Report on plague and inoculation in the Punjab from October 1st ... to September 30th..., being the ... season of plague in the province
Disease focus: Plague
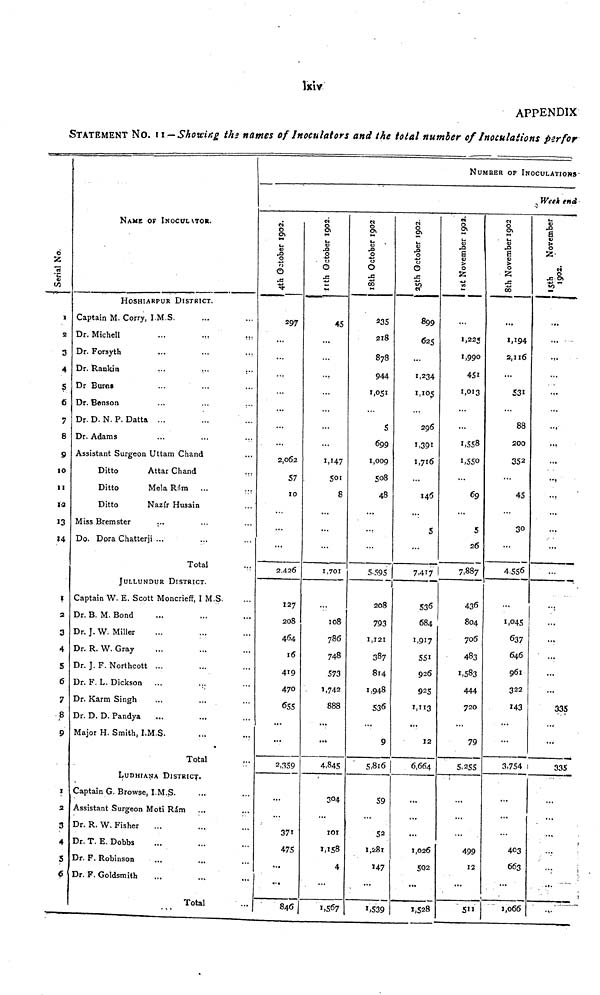
lxiv
APPENDIX
STATEMENT NO. I I — Showing the names of Inoculators and the total number of Inoculations per for
Serial No
X
2
3
4
S
6
7
8
9
10
II
12
13
14
1
2
3
4
5
6
7
8
9
z
2
3
4
5
NAME OF INOCULATOR.
HOSHIARPUR DISTRICT.
Captain M. Corry, I.M.S.
Dr. Michell
...
•••
.
Dr. Forsyth
Dr. Rankin
...
•.•
; ..
Dr Burn»
Dr. Benson
Dr. D. N. P. Datta ...
Dr. Adams
Assistant Surgeon Uttam Chand
Ditto
Attar Ghand
...
Ditto
Mela Rám
...
...
Ditto
Nazfr Husain
Miss Bremster
...
Do. Dora Chatterji ...
Total
...
JULLUNDUR DISTRICT.
Captain W. E. Scott Moncrieff, I M.S.
Dr. B. M. Bond
Dr. J. W. Miller
Dr. R. W. Gray
Dr. J. F. Northcott ...
Dr. F. L. Dickson ...
...
Dr. Karm Singh
Dr. D. D. Pandya
Major H. Smith, I.M.S.
Total
LuDHtANA DISTRICT.
Captain G. Browse, I.M.S.
Assistant Surgeon Moti Rám
Dr. R. W. Fisher
Dr. T. E. Dobbs
Dr. F. Robinson
Dr. F. Goldsmith
Total
4th October 1993
297
2 062
57
10
2,426
127
208
464
16
419
470
655
2,359
• ••
371
475
...
...
846
11th October 1993
45
501
8
1,701
108
786
748
573
-
1,742
888
4,845
304
101
1.158
4
...
|
1,567
8th October 1992
235
218
878
044.
1,051
5
699
1,009
508
508
48
5.595
208
793
1,121
387
8l4
1,948
536
9
5,8i6
59
52
1,281
»47
1,539
25th October 1992
899
625
1, 234
1,234
1,105 '
1,391
1,716
146
5
7.417
536
684
1,917
551
926
925
12
6,664
...
1,026
502
...
1,528
NUMBER OF INOCULATIONS-
1st November 1992
1,225
1,990
451
1,013
1,558
1,550
69
r
26
7,887
436
8O4
706
483
1,583
444
720
79
5,255
499
12
...
5"
8th November 1992
...
1,194
2,1l6
531
88
200
352
45
30
4,556
...
1,045
637
646
961
322
143
3,754
...
...
403
663
...
1,066
. Week end
15th November19
...
...
...
...
...
335
1
335
...
...
. :-